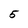
Character: 5